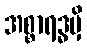
အစ္စာရဒ္ဓမှိ